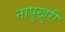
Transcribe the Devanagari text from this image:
नापुखुरी